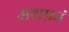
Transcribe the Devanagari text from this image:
अशफ़ां